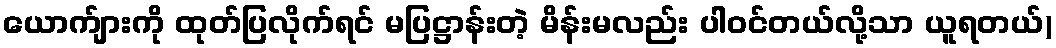
ယောက်ျားကို ထုတ်ပြလိုက်ရင် မပြဋ္ဌာန်းတဲ့ မိန်းမလည်း ပါဝင်တယ်လို့သာ ယူရတယ်)